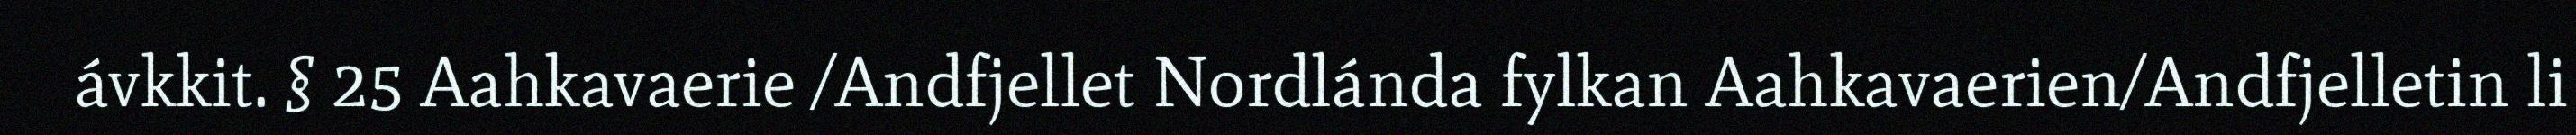
ávkkit. § 25 Aahkavaerie /Andfjellet Nordlánda fylkan Aahkavaerien/Andfjelletin li